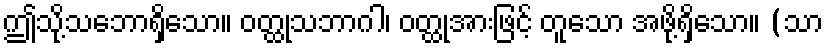
ဤသို့သဘောရှိသော။ ဝတ္ထုသဘာဂါ၊ ဝတ္ထုအားဖြင့် တူသော အဖို့ရှိသော။ (သာ